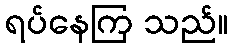
ရပ်နေကြ သည်။